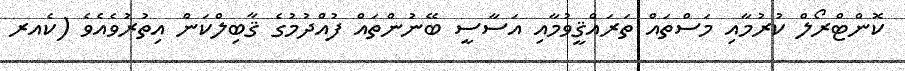
ކޮންޓްރޯލް ކުރުމާއި މަސްތައް ތަރައްޤީވުމާއި އަސާސީ ބޭނުންތައް ފުއްދުމުގެ ޤާބިލްކަން އިތުރުވެއެވެ (ކެއރ